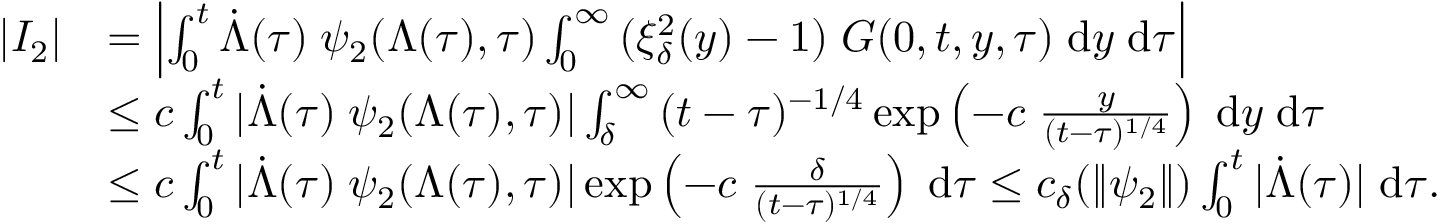
\begin{array} { r l } { | I _ { 2 } | } & { = \left| \int \displaylimits _ { 0 } ^ { t } { \dot { \Lambda } ( \tau ) \; \psi _ { 2 } ( \Lambda ( \tau ) , \tau ) \int \displaylimits _ { 0 } ^ { \infty } { ( \xi _ { \delta } ^ { 2 } ( y ) - 1 ) \; G ( 0 , t , y , \tau ) \; \mathrm { d } y } \; \mathrm { d } \tau } \right| } \\ & { \le c \int \displaylimits _ { 0 } ^ { t } { | \dot { \Lambda } ( \tau ) \; \psi _ { 2 } ( \Lambda ( \tau ) , \tau ) | \int \displaylimits _ { \delta } ^ { \infty } { ( t - \tau ) ^ { - 1 / 4 } \exp \left( - c \; \frac { y } { ( t - \tau ) ^ { 1 / 4 } } \right) \; \mathrm { d } y } \; \mathrm { d } \tau } } \\ & { \le c \int \displaylimits _ { 0 } ^ { t } { | \dot { \Lambda } ( \tau ) \; \psi _ { 2 } ( \Lambda ( \tau ) , \tau ) | \exp \left( - c \; \frac { \delta } { ( t - \tau ) ^ { 1 / 4 } } \right) \; \mathrm { d } \tau } \le c _ { \delta } ( \| \psi _ { 2 } \| ) \int \displaylimits _ { 0 } ^ { t } { | \dot { \Lambda } ( \tau ) | \; \mathrm { d } \tau } . } \end{array}